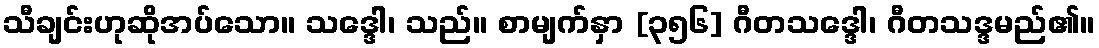
သီချင်းဟုဆိုအပ်သော။ သဒ္ဒေါ၊ သည်။ စာမျက်နှာ [၃၅၆] ဂီတသဒ္ဒေါ၊ ဂီတသဒ္ဒမည်၏။